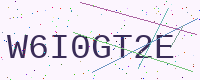
Text: W6I0GT2E